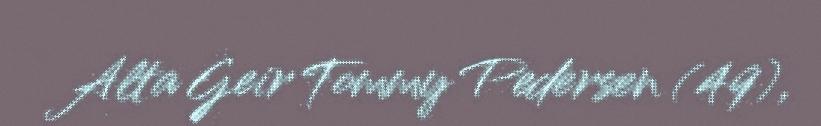
Alta Geir Tommy Pedersen (49),